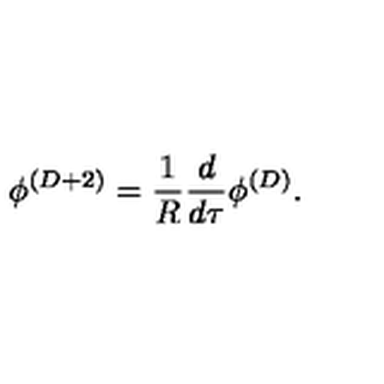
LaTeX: \phi ^ { ( D + 2 ) } = { \frac { 1 } { R } } { \frac { d } { d \tau } } \phi ^ { ( D ) } .